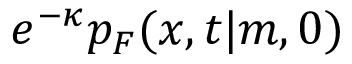
e ^ { - \kappa } p _ { F } ( x , t | m , 0 )